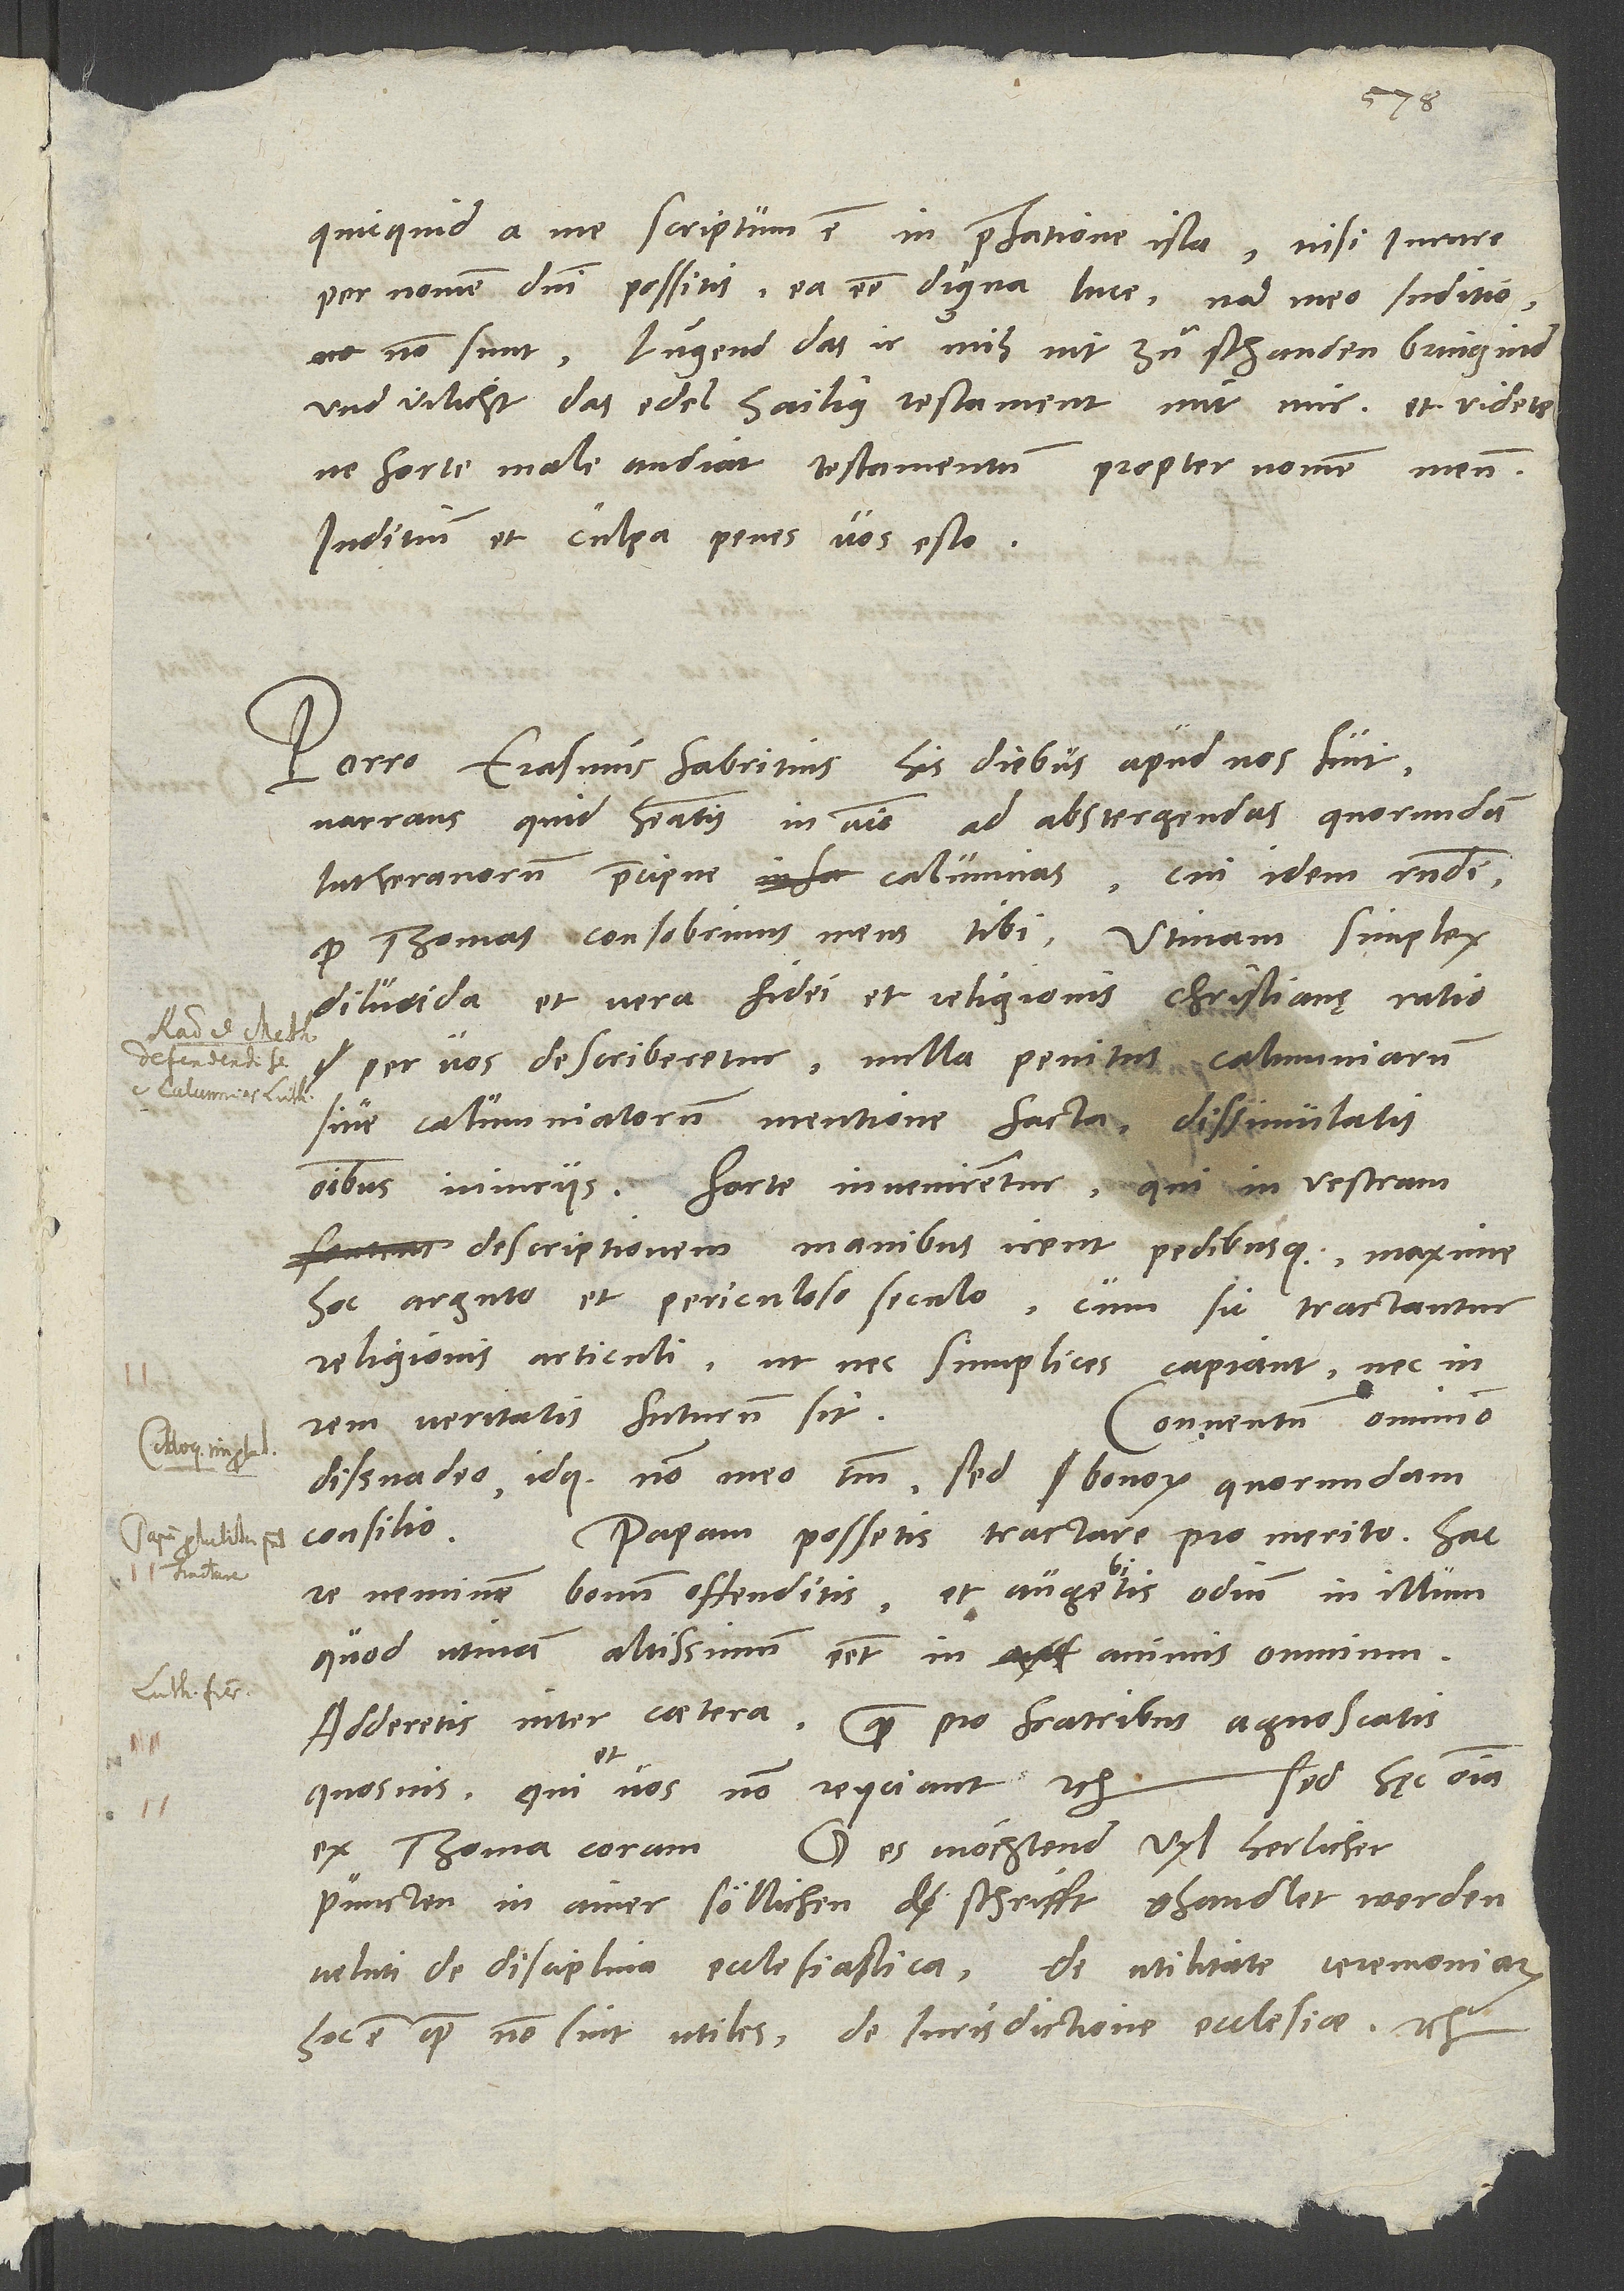
1535.
quicquid a me scriptum est in praefatione ista, nisi iurare
per nomen domini possitis ea esse digna luce, nam meo iuditio
non sunt. Lugend, das ir mih nit zuͦ schanden bringind
und vilicht das edel, hailig testament mit mir, et videte,
ne forte male audiat testamentum propter nomen meum.
Iuditium et culpa penes vos esto.
Porro Erasmus Fabritius his diebus apud nos fuit
narrans, quid habeatis in animo ad abstergendas quorundam
Lutheranorum praecipue calumnias. Cui idem respondi,
quod Thomas, consobrinus meus, tibi: Utinam simplex,
dilucida et vera fidei et religionis Christianę ratio
per vos describeretur nulla penitus calumniarum
sive calumniatorum mentione facta, dissimulatis
omnibus iniuriis. Forte invenirentur, qui in vestram
descriptionem manibus irent pedibusque, maxime
hoc arguto et periculoso seculo, cum sic tractantur
religionis articuli, ut nec simplices capiant nec in
rem veritatis futurum sit.
Conventum omnino
dissuadeo idque non meo tantum, sed bonorum quorundam
consilio. Papam possetis tractare pro merito. Hac
re neminem bonum offenditis et augebitis odium in illum,
quod utinam altissimum esset in animis omnium.
Adderetis inter caetera, quam pro fratribus agnoscatis
Sed hęc omnia
quosvis, qui et vos non reiiciant etc.
O, es möchtend vyl herlicher
ex Thoma coram.
puncten in ainer söllichen schrifft ghandlet werden,
veluti de disciplina ecclesiastica, de utilitate ceremoniarum
hoc est, quod non sint utiles -, de iurisdictione ecclesiae etc.